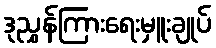
ဒုညွှန်ကြားရေးမှူးချုပ်